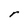
Character: r